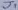
Text: J1